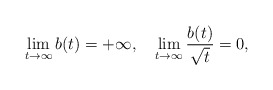
\begin{align*}\lim_{t\rightarrow \infty}b(t)=+\infty, \ \ \ \lim_{t\rightarrow \infty}\frac{b(t)}{\sqrt t}=0,\end{align*}